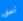
ألصق